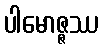
ပါမောဇ္ဇဿ